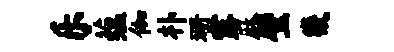
乐蕴伽朴珊露麻璧畿